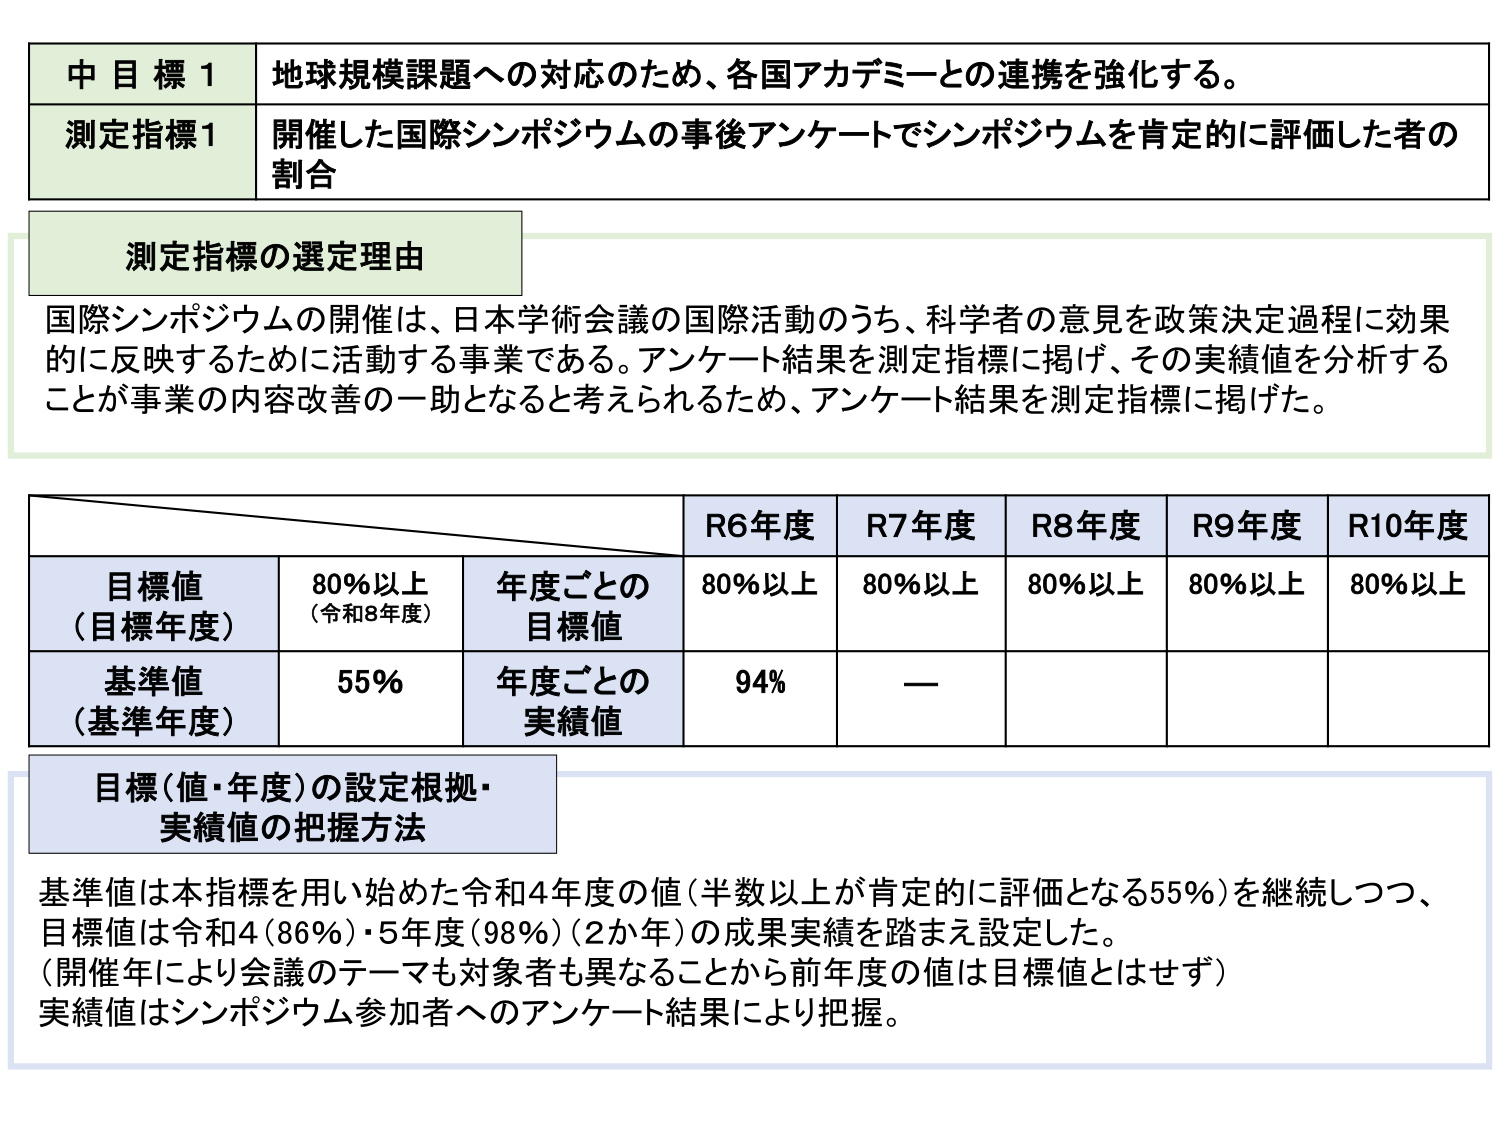
中目標1 地球規模課題への対応のため、各国アカデミーとの連携を強化する。

測定指標1 開催した国際シンポジウムの事後アンケートでシンポジウムを肯定的に評価した者の割合

測定指標の選定理由
国際シンポジウムの開催は、日本学術会議の国際活動のうち、科学者の意見を政策決定過程に効果的に反映するために活動する事業である。アンケート結果を測定指標に掲げ、その実績値を分析することが事業の内容改善の一助となると考えられるため、アンケート結果を測定指標に掲げた。

R6年度 R7年度 R8年度 R9年度 R10年度
目標値（目標年度） 80％以上（令和8年度） 年度ごとの目標値 80％以上 80％以上 80％以上 80％以上 80％以上
基準値（基準年度） 55％ 年度ごとの実績値 94％ — — — —

目標（値・年度）の設定根拠・実績値の把握方法
基準値は本指標を用い始めた令和4年度の値（半数以上が肯定的に評価となる55％）を継続しつつ、目標値は令和4（86％）・5年度（98％）（2か年）の成果実績を踏まえ設定した。
（開催年により会議のテーマも対象者も異なることから前年度の値は目標値とはせず）
実績値はシンポジウム参加者へのアンケート結果により把握。